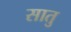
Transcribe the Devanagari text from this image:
सातु